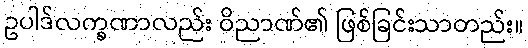
ဥပါဒ်လက္ခဏာလည်း ဝိညာဏ်၏ ဖြစ်ခြင်းသာတည်း။